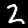
Digit: 2